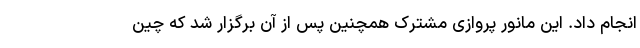
انجام داد. این مانور پروازی مشترک همچنین پس از آن برگزار شد که چین